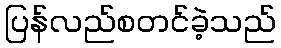
ပြန်လည်စတင်ခဲ့သည်